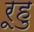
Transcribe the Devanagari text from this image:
रूहु